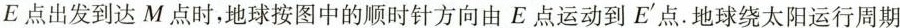
E点出发到达M点时，地球按图中的顺时针方向由E点运动到E'点.地球绕太阳运行周期